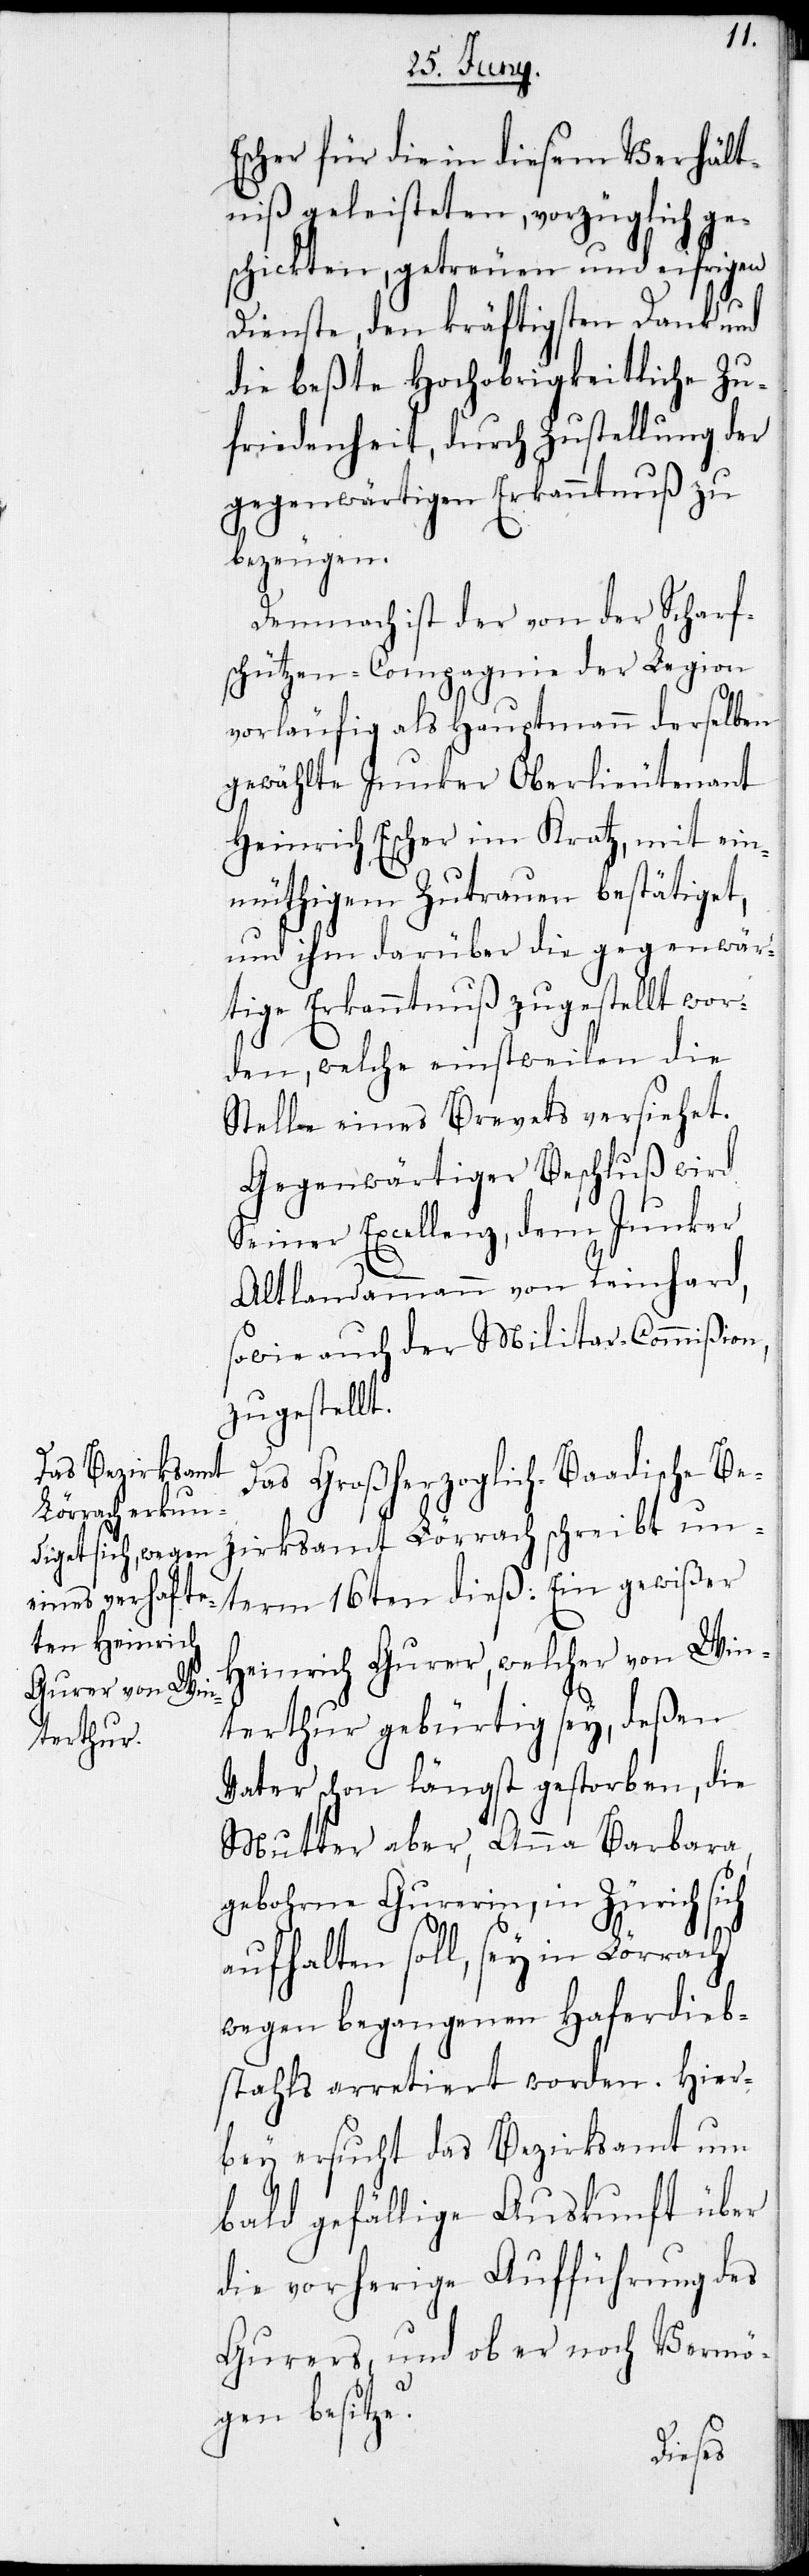
Escher für die in diesem Verhält¬
niß geleisteten, vorzüglich ge¬
schickten, getreuen und eifrigen
Dienste, den kräftigsten Dank und
die beßte Hochobrigkeitliche Zu¬
friedenheit, durch Zustellung der
gegenwärtigen Erkanntnuß zu
bezeugen.
Demnach ist der von der Scharf¬
schützen-Compagnie der Legion
vorläufig als Hauptmann derselben
gewählte Junker Oberlieutenant
Heinrich Escher im Kratz, mit ein¬
müthigem Zutrauen bestätiget,
und ihm darüber die gegenwär¬
tige Erkanntnuß zugestellt wor¬
den, welche einstweilen die
Stelle eines Brevets versiehet.
Gegenwärtiger Beschluß wird
seiner Excellenz, dem Junker
Altlandammann von Reinhard,
sowie auch der Militar-Commißion,
zugestellt.
Das Großherzoglich-Baadische Be¬
zirksamt Lörrach schreibt un¬
Heinrich Gurer, welcher von Win¬
terthur gebürtig sey, deßen
Vater schon längst gestorben, die
Mutter aber, Anna Barbara,
gebohrne Gurerin, in Zürich sich
aufhalten soll, sey in Lörrach
wegen begangenen Haferdieb¬
stahls arretiert worden. Hier¬
bey ersucht das Bezirksamt um
bald gefällige Auskunft über
die vorherige Aufführung des
Gurers und ob er noch Vermö¬
gen besitze?
term